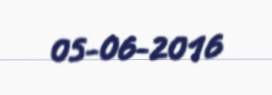
05-06-2016